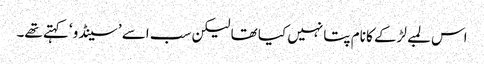
اس لمبے لڑکے کا نام پتا نہیں کیا تھا لیکن سب اسے ’سینڈو‘ کہتے تھے۔